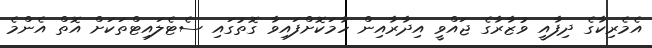
އެމެރިކާގެ ދިފާއީ ވުޒާރާގެ ޖައްވީ އިދާރާއިން ހާމަކޮށްފައިވާ ގޮތުގައި ސެޓެލައިޓްތަކަށް އޮތް އެންމެ